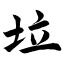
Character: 垃